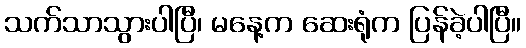
သက်သာသွားပါပြီ၊ မနေ့က ဆေးရုံက ပြန်ခဲ့ပါပြီ။